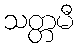
သတ္တမီ